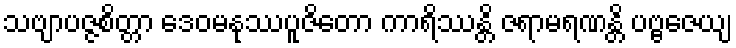
သဗျာပဇ္ဇစိတ္တာ ဒေဝမနုဿပူဇိတော ကာရိဿန္တိ ဇရာမရဏန္တိ ပဗ္ဗဇေယျ